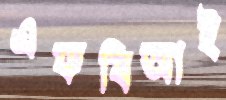
এফবিআই